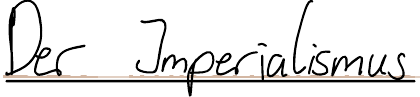
Der Imperialismus